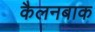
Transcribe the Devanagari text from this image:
कैलनबाक